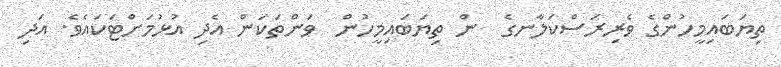
ތިޔަބައިމީހުންގެ ވެރިރަސްކަލާނގެ  ން ތިޔަބައިމީހުން  ވަންތަކަން އެދި އުޅުމަށްޓަކައެވެ. އަދި